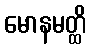
မောနမတ္ထိ